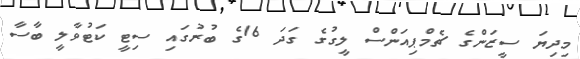
މިދިޔަ ސީޒަންގެ ޗެމްޕިއަންސް ލީގުގެ ގަދަ 16ގެ ބުރުގައި ސިޓީ ކަޓުވާލީ ބާސާ